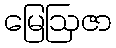
မြေဩဇာ